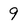
Character: 9